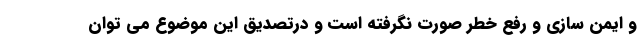
و ایمن سازی و رفع خطر صورت نگرفته است و درتصدیق این موضوع می توان